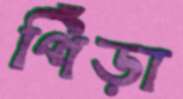
পিঁড়া